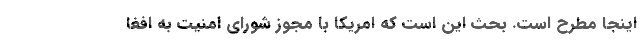
اينجا مطرح است. بحث اين است كه امريكا با مجوز شوراي امنيت به افغا